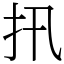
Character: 扟